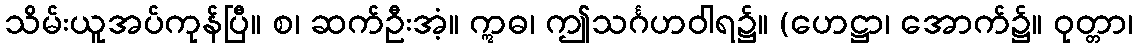
သိမ်းယူအပ်ကုန်ပြီ။ စ၊ ဆက်ဦးအံ့။ ဣဓ၊ ဤသင်္ဂဟဝါရ၌။ (ဟေဋ္ဌာ၊ အောက်၌။ ဝုတ္တာ၊